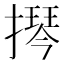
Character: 𫾂